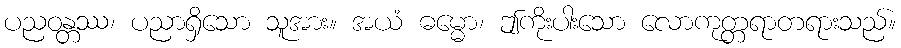
ပညဝန္တဿ၊ ပညာရှိသော သူအား။ အယံ ဓမ္မော၊ ဤကိုးပါးသော လောကုတ္တရာတရားသည်။